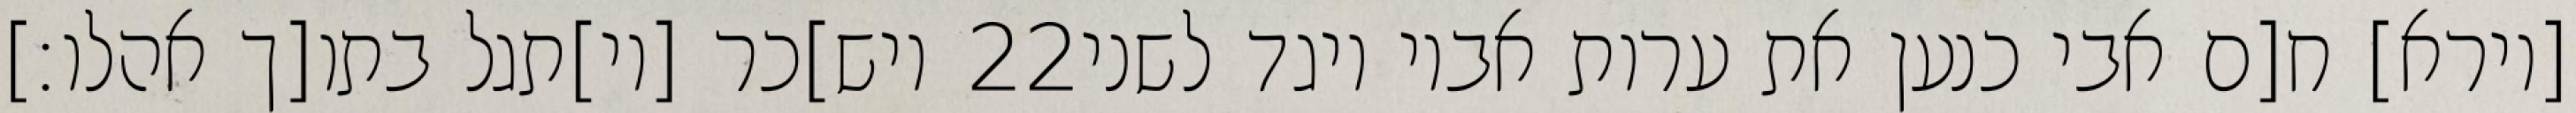
ויש]כר [וי]תגל בתו[ך אהלו׃] ‎22‏ [וירא] ח[ם אבי כנען את ערות אביו ויגד לשני